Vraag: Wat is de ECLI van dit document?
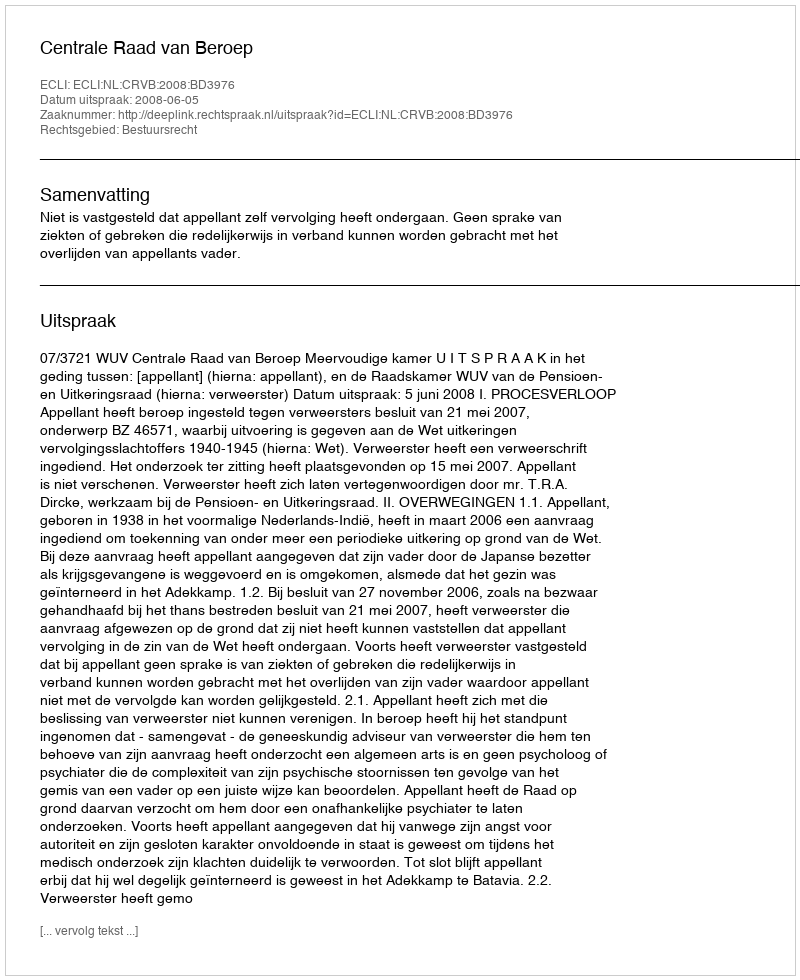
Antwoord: ECLI:NL:CRVB:2008:BD3976